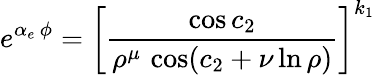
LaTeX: e^{\alpha_{e}\, \phi}=\left[{\frac{\cos{c_{2}}}{\rho^{\mu}\, \cos({c_{2}+\nu\ln\rho)}}}\right]^{k_{1}}